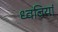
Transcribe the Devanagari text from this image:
ध्ववियां